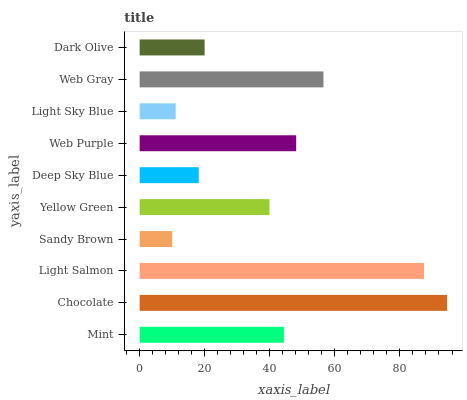
| yaxis_label | bars |
 | --- | --- |
 | Mint | 44.3 |
 | Chocolate | 94.5 |
 | Light Salmon | 87.4 |
 | Sandy Brown | 10 |
 | Yellow Green | 39.9 |
 | Deep Sky Blue | 18.2 |
 | Web Purple | 48.1 |
 | Light Sky Blue | 11.1 |
 | Web Gray | 56.5 |
 | Dark Olive | 20 |